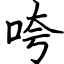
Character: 咵